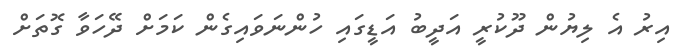
އިރު އެ ލިޔުން ދޫކުރީ އަދީބު އަޑީގައި ހުންނަވައިގެން ކަމަށް ދޭހަވާ ގޮތަށް